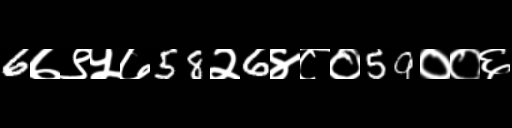
Text: 6७९५७58२6४८०59००६